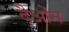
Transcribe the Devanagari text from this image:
दैओंन